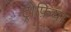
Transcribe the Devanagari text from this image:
ट्रोफ़ियां